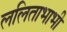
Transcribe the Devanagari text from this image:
ललिताभाभी